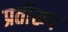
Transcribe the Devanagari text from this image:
प्रतीरूप